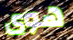
هوى